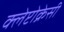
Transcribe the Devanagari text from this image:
क्लेप्टोक्रेसी